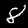
Label: 8